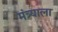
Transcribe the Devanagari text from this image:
मंत्र्याला